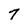
Character: 7